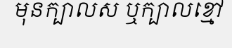
មុនក្បាលស ឬក្បាលខ្មៅ